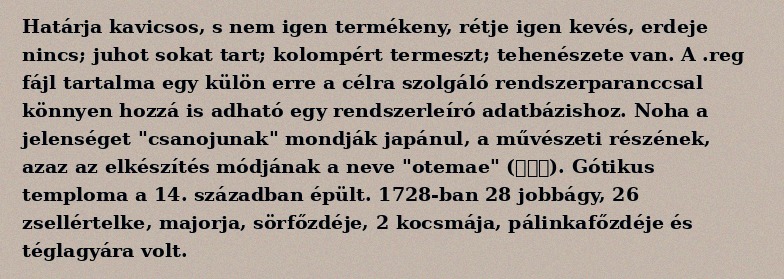
Határja kavicsos, s nem igen termékeny, rétje igen kevés, erdeje nincs; juhot sokat tart; kolompért termeszt; tehenészete van. A .reg fájl tartalma egy külön erre a célra szolgáló rendszerparanccsal könnyen hozzá is adható egy rendszerleíró adatbázishoz. Noha a jelenséget "csanojunak" mondják japánul, a művészeti részének, azaz az elkészítés módjának a neve "otemae" (お手前). Gótikus temploma a 14. században épült. 1728-ban 28 jobbágy, 26 zsellértelke, majorja, sörfőzdéje, 2 kocsmája, pálinkafőzdéje és téglagyára volt.